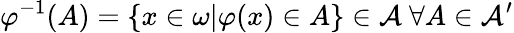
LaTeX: \varphi^{-1}(A)=\{ x\in\omega|\varphi(x)\in A\} \in\mathcal{A}~\forall A\in\mathcal{A}^{\prime}